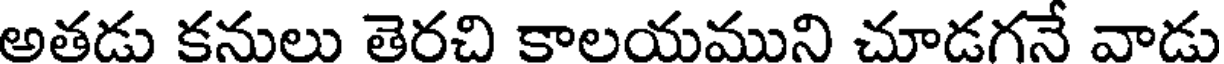
అతడు కనులు తెరచి కాలయముని చూడగనే వాడు